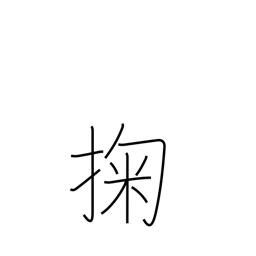
Meaning: scoop up water with the hand